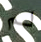
لم